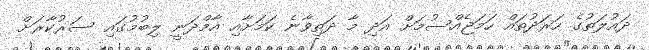
ދައުލަތުގެ ހަރަދުތައް ހަމަޖެއްސުމަށް އަދި މާ ދަތިވާނެ ކަމަށާއި އާމްދަނީ ލިބުމުގައި ސަރުކާރަށް